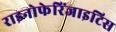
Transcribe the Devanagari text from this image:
राइनोफेरिंजाइटिस